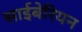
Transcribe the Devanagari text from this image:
साईबेरियन